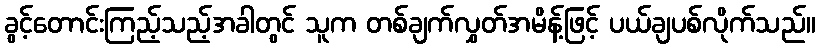
ခွင့်တောင်းကြည့်သည့်အခါတွင် သူက တစ်ချက်လွှတ်အမိန့်ဖြင့် ပယ်ချပစ်လိုက်သည်။